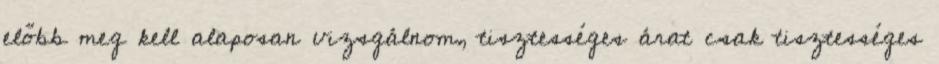
előbb meg kell alaposan vizsgálnom, tisztességes árat csak tisztességes